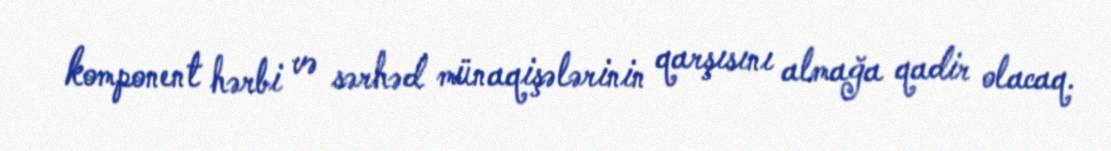
komponent hərbi və sərhəd münaqişələrinin qarşısını almağa qadir olacaq.